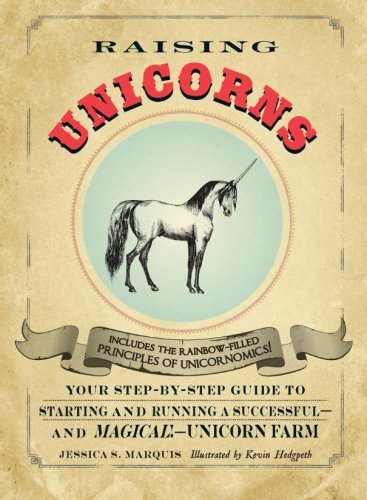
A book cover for Raising Unicorns: Your Step-by-Step Guide to Starting and Running a Successful - and Magical! - Unicorn Farm; Jessica S. Marquis; Humor & Entertainment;